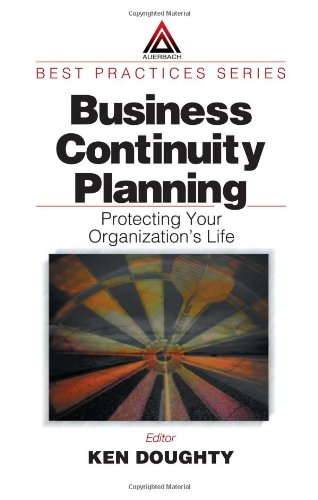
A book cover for Business Continuity Planning: Protecting Your Organization's Life (Best Practices); Business & Money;